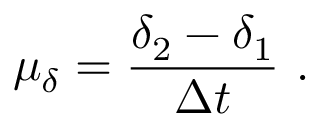
\mu _ { \delta } = { \frac { \delta _ { 2 } - \delta _ { 1 } } { \Delta t } } \ .